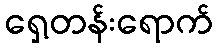
ရှေ့တန်းရောက်